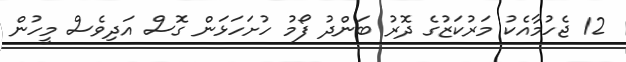
12 ޖެހުމާއެކު މަރުކަޒުގެ ދޮރު ބަންދު ފޯމު ހުށަހަޅަން ގޮސް އަދިވެސް މީހުން